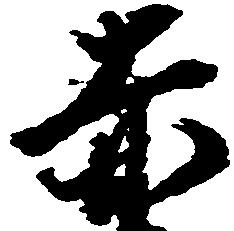
赤